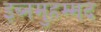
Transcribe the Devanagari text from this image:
इब्नमुहम्मद